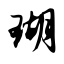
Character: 瑚